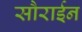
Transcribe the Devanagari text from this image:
सौराईन